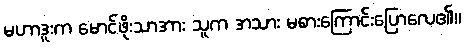
မဟာဒူးက မောင်ဖိုးသာအား သူက အသား မစားကြောင်းပြောလေ၏။